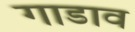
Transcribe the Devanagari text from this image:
गाडाव